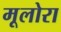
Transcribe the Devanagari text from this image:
मूलोरा